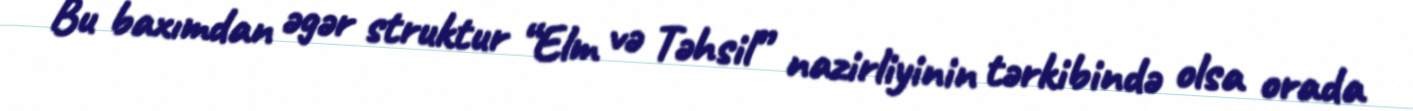
Bu baxımdan əgər struktur “Elm və Təhsil” nazirliyinin tərkibində olsa orada